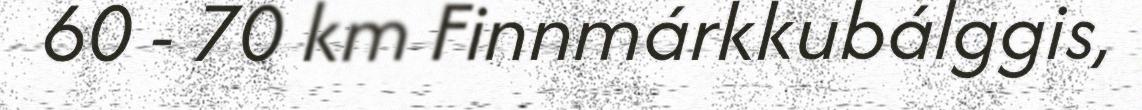
60 - 70 km Finnmárkkubálggis,